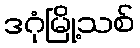
ဒဂုံမြို့သစ်